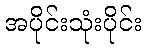
အပိုင်းသုံးပိုင်း